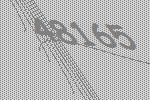
48165